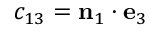
c _ { 1 3 } = \mathbf { n } _ { 1 } \cdot \mathbf { e } _ { 3 }